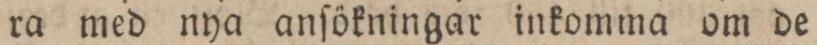
ra med nya anſökningar inkomma om de